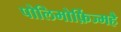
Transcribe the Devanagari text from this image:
पोलिमोर्फ़िज्महै